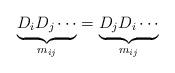
LaTeX: \begin{align*}\underbrace{D_iD_j\cdots}_{m_{ij}} =\underbrace{D_jD_i\cdots}_{m_{ij}}\end{align*}